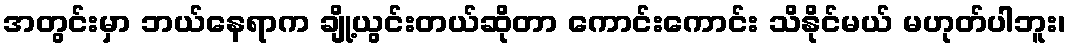
အတွင်းမှာ ဘယ်နေရာက ချို့ယွင်းတယ်ဆိုတာ ကောင်းကောင်း သိနိုင်မယ် မဟုတ်ပါဘူး၊